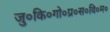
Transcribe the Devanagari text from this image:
जु०कि०गो०प्र०स०वि०म०